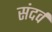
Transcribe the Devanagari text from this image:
संदर्व